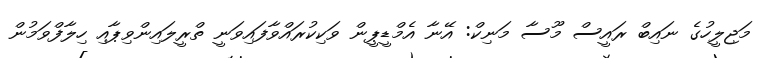
މަޖިލީހުގެ ނައިބް ރައީސް މޫސާ މަނިކް: އޭނާ އެމްޑީޕީން ވަކިކުރައްވާފައިވަނީ ތްރީލައިންވިޕާއި ހިލާފްވަމުން